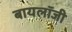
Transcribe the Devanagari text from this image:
बायलॉजी